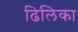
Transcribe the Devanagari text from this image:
ढिलिका